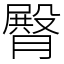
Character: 臀